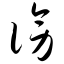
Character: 谤